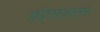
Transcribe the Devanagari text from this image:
चंद्रसेकरन